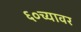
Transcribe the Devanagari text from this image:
६०च्यावर